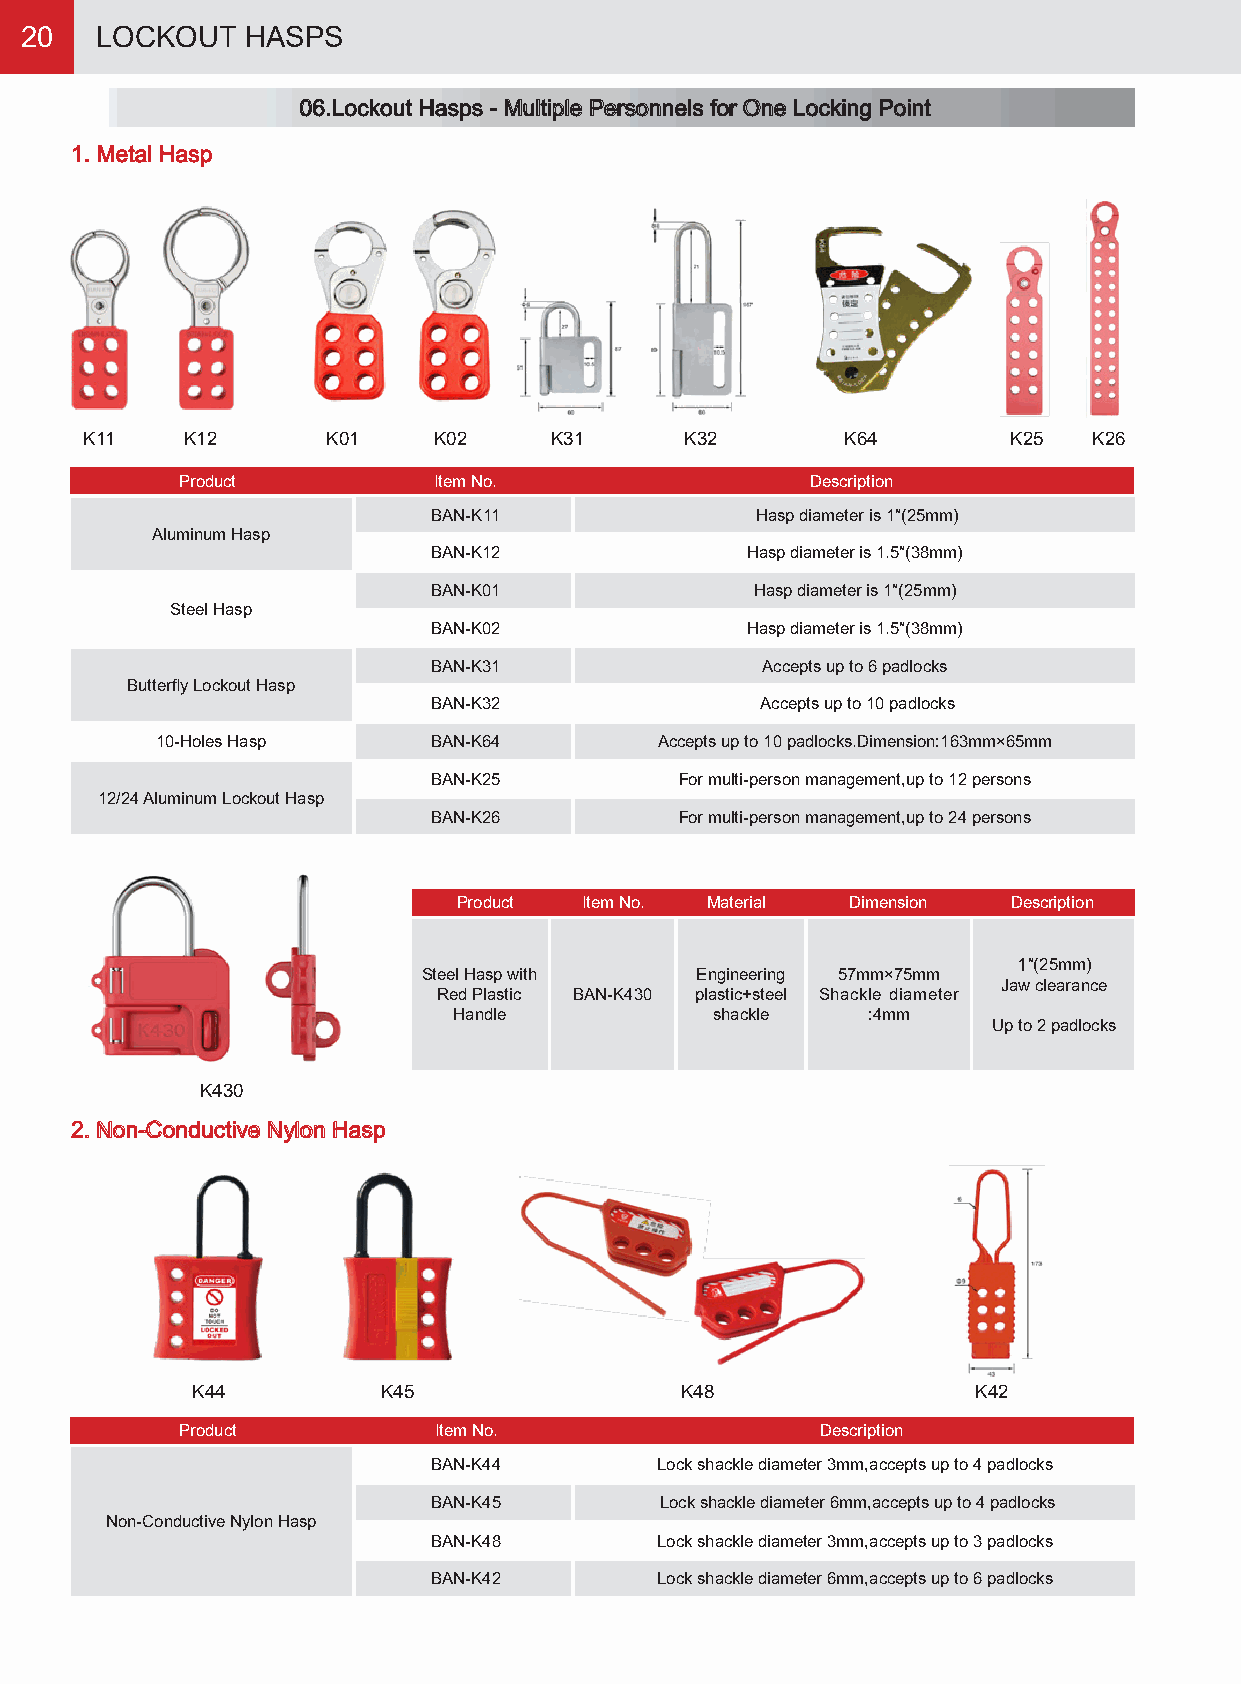
20   LOCKOUT   HASPS
 06.Lockout Hasps - Multiple Personnels for One Locking Point
 1. Metal Hasp
 K11   K12       K01    K02    K31      K32        K64        K25  K26
 Product          Item No.                 Description
 BAN-K11              Hasp diameter is 1″(25mm)
 Aluminum Hasp
 BAN-K12             Hasp diameter is 1.5″(38mm)
 BAN-K01              Hasp diameter is 1″(25mm)
 Steel Hasp
 BAN-K02             Hasp diameter is 1.5″(38mm)
 BAN-K31              Accepts up to 6 padlocks
 Butterfly Lockout Hasp
 BAN-K32              Accepts up to 10 padlocks
 10-Holes Hasp      BAN-K64        Accepts up to 10 padlocks.Dimension:163mm×65mm
 BAN-K25         For multi-person management,up to 12 persons
 12/24 Aluminum Lockout Hasp
 BAN-K26         For multi-person management,up to 24 persons
 Product Item No. Material Dimension  Description
 1″(25mm)
 Steel Hasp with   Engineering 57mm×75mm
 Jaw clearance
 Red Plastic BAN-K430 plastic+steel Shackle diameter
 Handle           shackle   :4mm
 Up to 2 padlocks
 K430
 2. Non-Conductive Nylon Hasp
 K44         K45                 K48                 K42
 Product          Item No.                 Description
 BAN-K44       Lock shackle diameter 3mm,accepts up to 4 padlocks
 BAN-K45        Lock shackle diameter 6mm,accepts up to 4 padlocks
 Non-Conductive Nylon Hasp
 BAN-K48       Lock shackle diameter 3mm,accepts up to 3 padlocks
 BAN-K42       Lock shackle diameter 6mm,accepts up to 6 padlocks